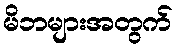
မိဘများအတွက်